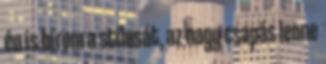
én ís bírom a stílusát, az nagy csapás lenne